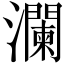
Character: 瀾